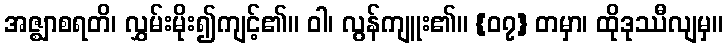
အဇ္ဈာစရတိ၊ လွှမ်းမိုး၍ကျင့်၏။ ဝါ၊ လွန်ကျူး၏။ {၀၇} တမှာ၊ ထိုဒုဿီလျမှ။